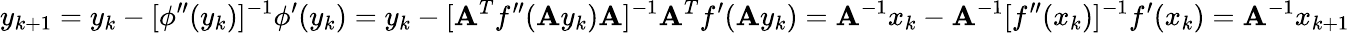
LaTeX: y_{k+1}=y_{k}-[\phi^{\prime\prime}(y_{k})]^{-1}\phi^{\prime}(y_{k})=y_{k}-[\mathbf{A}^{T}f^{\prime\prime}(\mathbf{A}y_{k})\mathbf{A}]^{-1}\mathbf{A}^{T}f^{\prime}(\mathbf{A}y_{k})=\mathbf{A}^{-1}x_{k}-\mathbf{A}^{-1}[f^{\prime\prime}(x_{k})]^{-1}f^{\prime}(x_{k})=\mathbf{A}^{-1}x_{k+1}